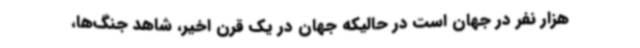
هزار نفر در جهان است در حالیکه جهان در یک قرن اخیر، شاهد جنگ‌ها،